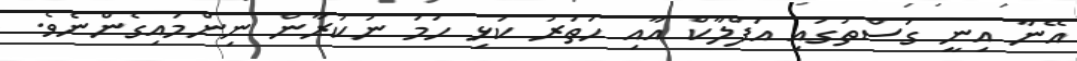
އޭނާ އިނީ ގަސްތުގައި އަފްލާކް އާއި ހަތަރު ކަޅި ހަމަ ނުކުރާން ނިންމައިގެންނެވެ.